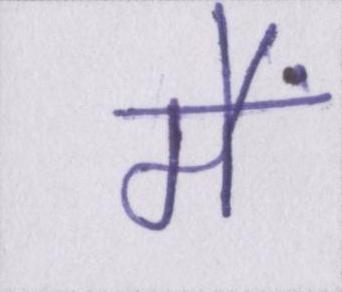
मैं